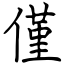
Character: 僅